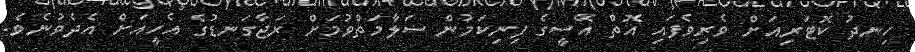
ހިނދު ކޮޓަރިއަށް ވެރިވެފައި އޮތް އޭސީގެ ފިނިކަމުން ސަލާމަތްވުމަށް ރަޖާގަނޑުގެ އެހީއަށް އެދެވުނެވެ.